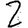
Digit: 2